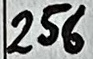
Text: 256